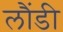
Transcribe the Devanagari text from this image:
लौंडी